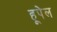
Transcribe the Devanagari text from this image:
हूपेल